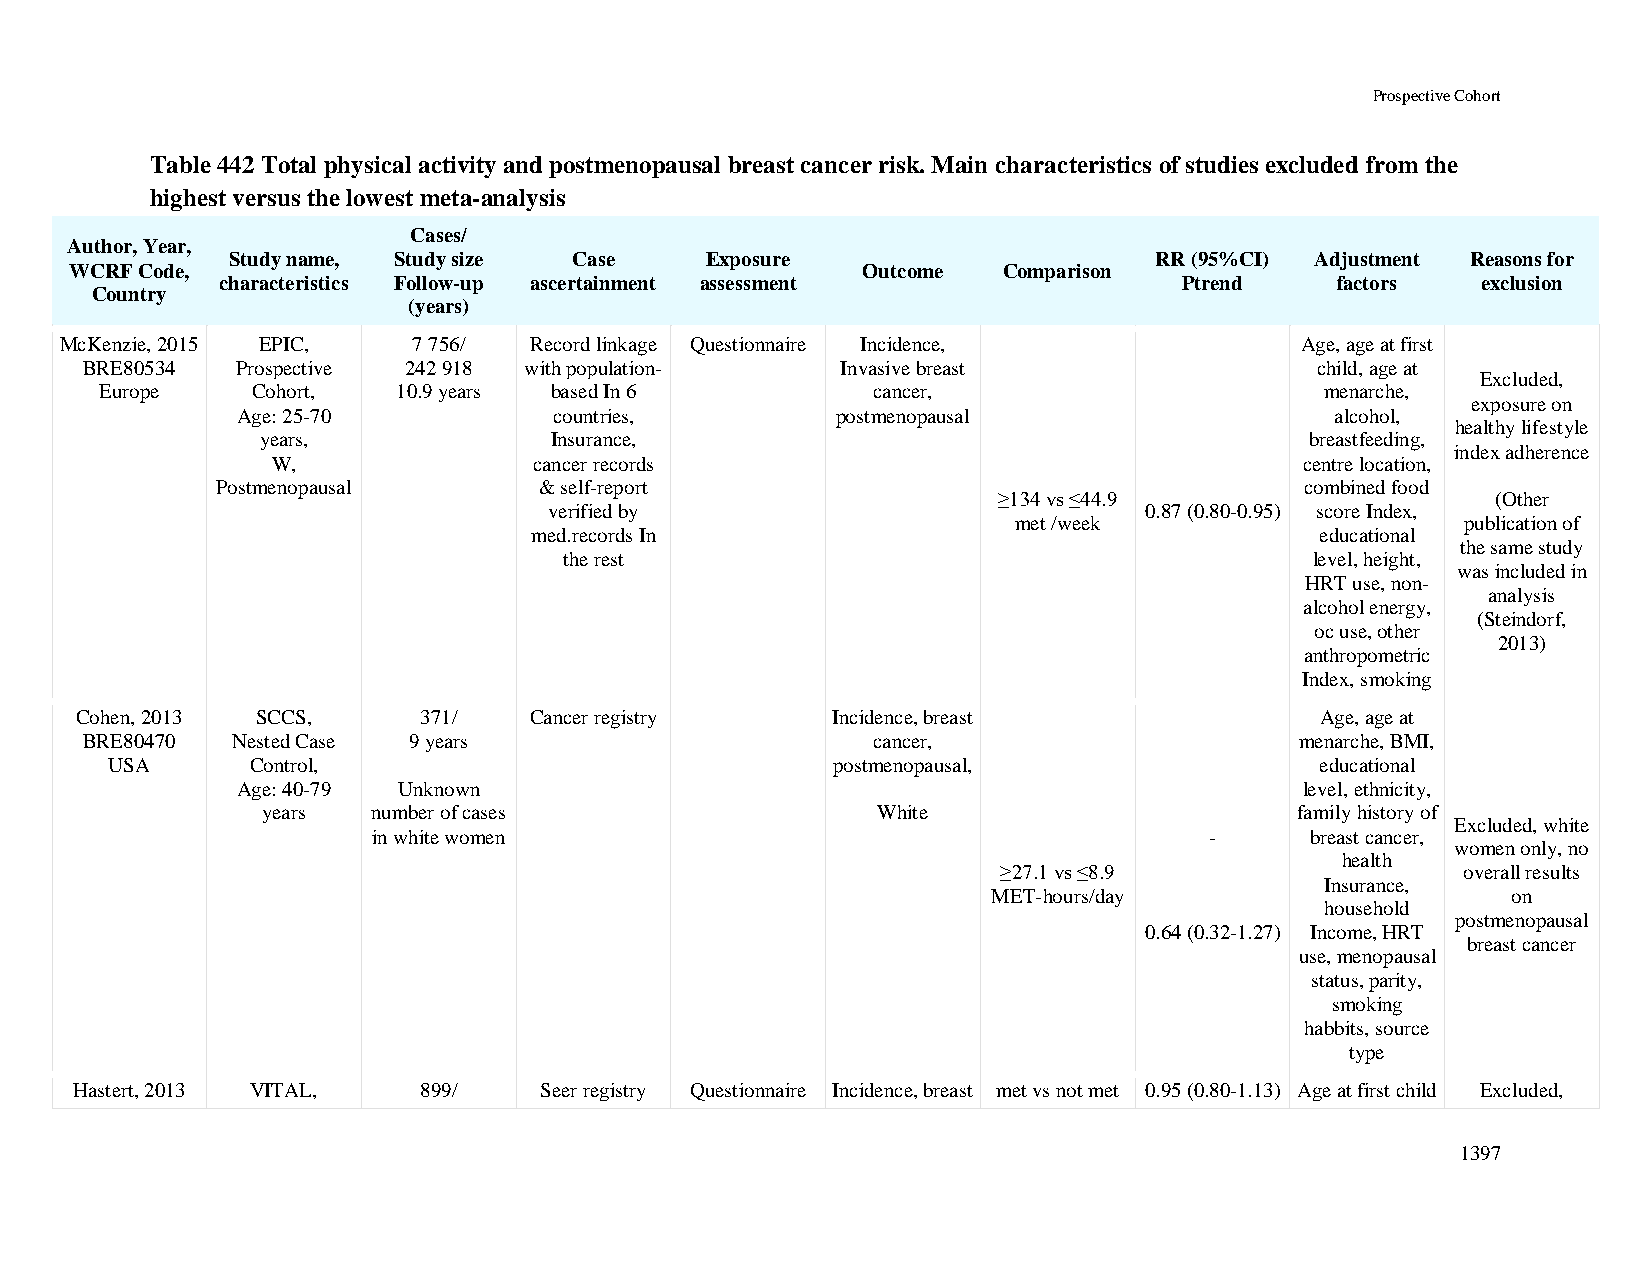
Prospective Cohort
 Table 442 Total physical activity and postmenopausal breast cancer risk. Main characteristics of studies excluded from the
 highest versus the lowest meta-analysis
 Cases/
 Author, Year,
 Study name, Study size Case     Exposure                     RR (95%CI) Adjustment Reasons for
 WCRF Code,                                          Outcome  Comparison
 characteristics Follow-up ascertainment assessment             Ptrend    factors   exclusion
 Country
 (years)
 McKenzie, 2015 EPIC,   7 756/  Record linkage Questionnaire Incidence,            Age, age at first
 BRE80534   Prospective 242 918 with population-    Invasive breast                child, age at
 Excluded,
 Europe    Cohort,  10.9 years based In 6           cancer,                       menarche,
 exposure on
 Age: 25-70           countries,        postmenopausal                   alcohol,
 healthy lifestyle
 years,             Insurance,                                         breastfeeding,
 index adherence
 W,               cancer records                                     centre location,
 Postmenopausal        & self-report                                     combined food
 ≥134 vs ≤44.9                    (Other
 verified by                             0.87 (0.80-0.95) score Index,
 met /week                     publication of
 med.records In                                      educational
 the same study
 the rest                                          level, height,
 was included in
 HRT use, non-
 analysis
 alcohol energy,
 (Steindorf,
 oc use, other
 2013)
 anthropometric
 Index, smoking
 Cohen, 2013 SCCS,      371/   Cancer registry     Incidence, breast               Age, age at
 BRE80470  Nested Case 9 years                        cancer,                     menarche, BMI,
 USA       Control,                              postmenopausal,                 educational
 Age: 40-79 Unknown                                                    level, ethnicity,
 years   number of cases                  White                       family history of
 Excluded, white
 in white women                                         -      breast cancer,
 women only, no
 health
 ≥27.1 vs ≤8.9                  overall results
 Insurance,
 MET-hours/day                     on
 household
 postmenopausal
 0.64 (0.32-1.27) Income, HRT
 breast cancer
 use, menopausal
 status, parity,
 smoking
 habbits, source
 type
 Hastert, 2013 VITAL,   899/    Seer registry Questionnaire Incidence, breast met vs not met 0.95 (0.80-1.13) Age at first child Excluded,
 1397